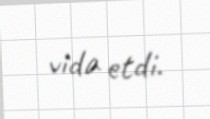
vida etdi.